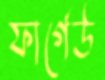
ফার্গেউ